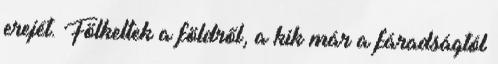
erejét. Fölkeltek a földről, a kik már a fáradságtól